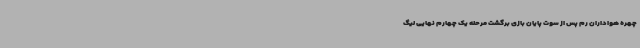
چهره هواداران رم پس از سوت پایان بازی برگشت مرحله یک چهارم نهایی لیگ